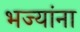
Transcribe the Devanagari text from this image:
भज्यांना